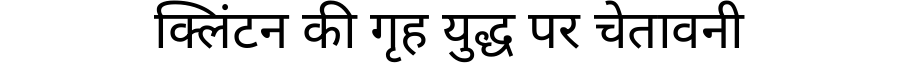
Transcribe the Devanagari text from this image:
क्लिंटन की गृह युद्ध पर चेतावनी